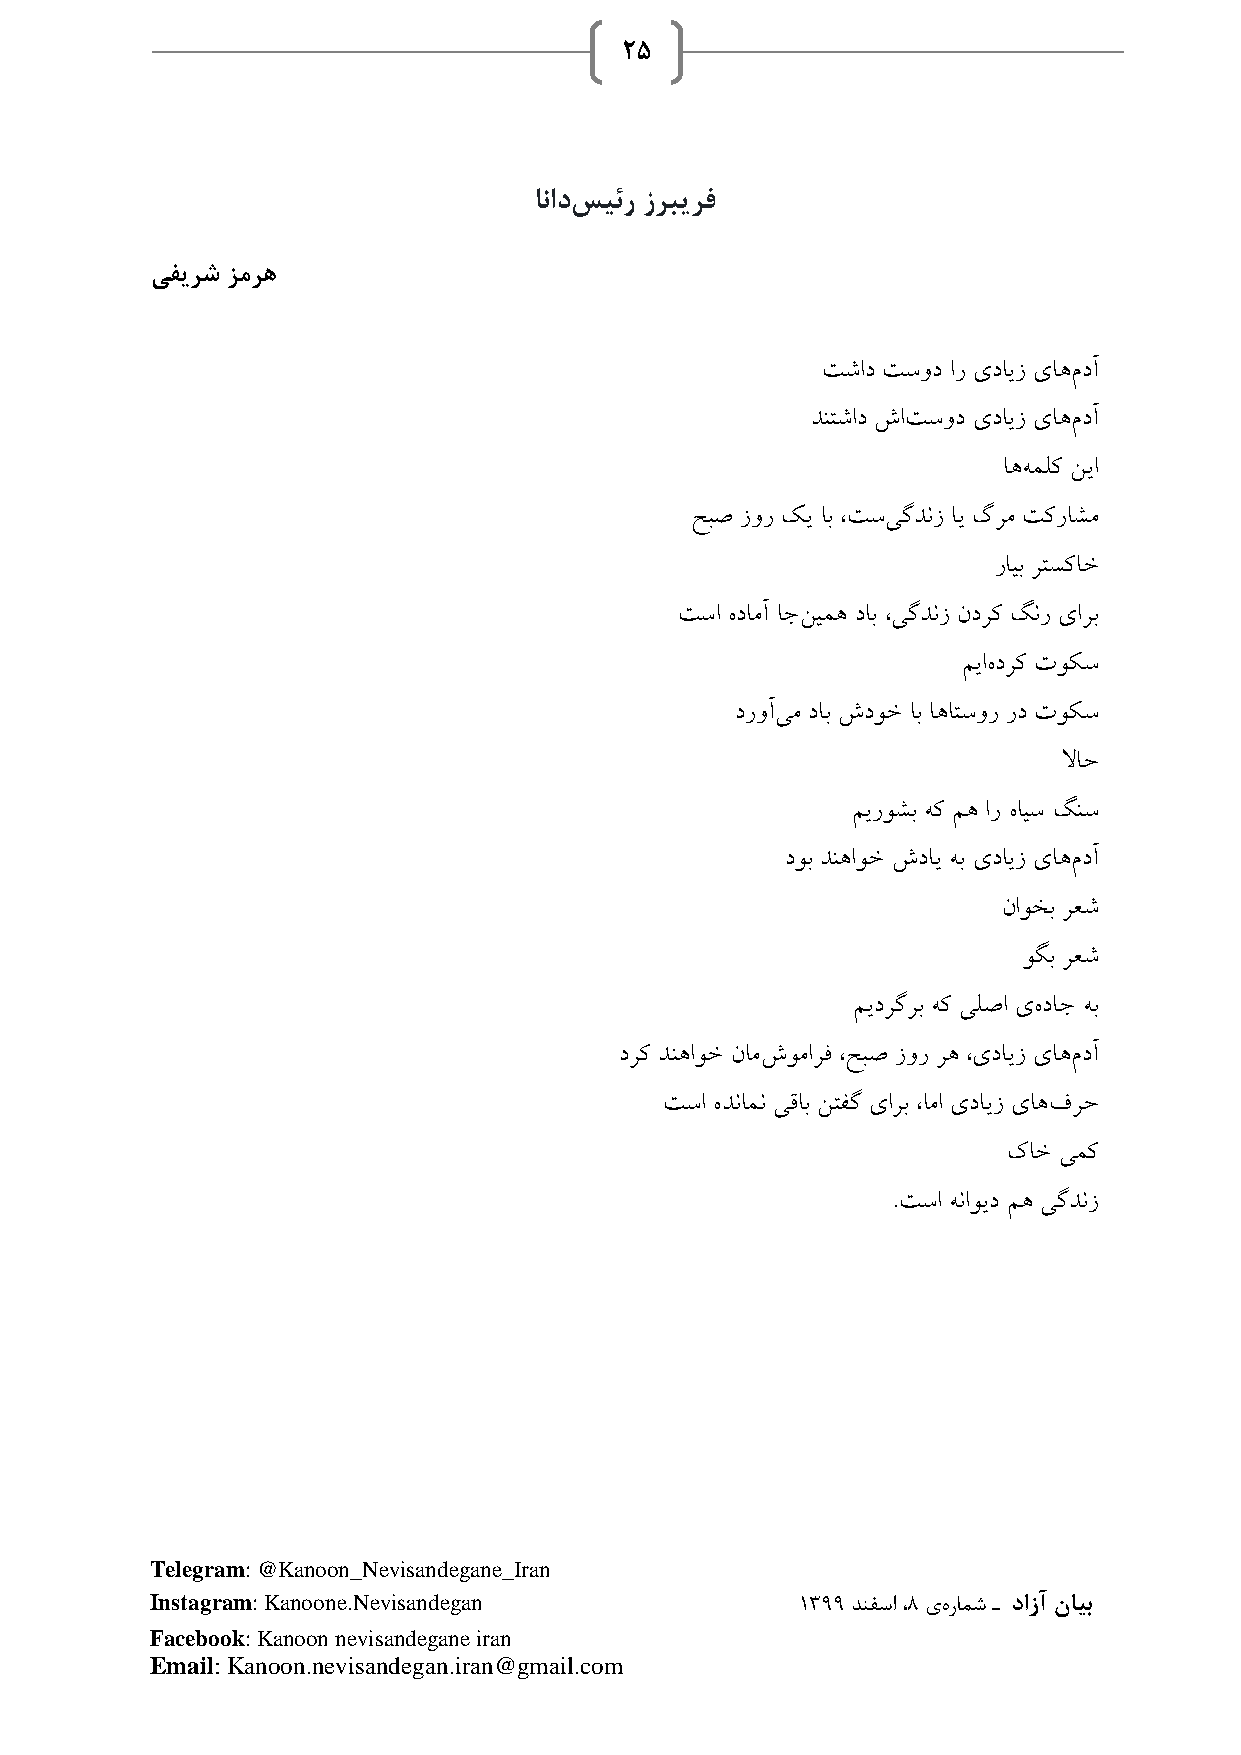
25
 انادسیئر زربیرف
 یفیرش زمره
 تشاد تسود ار یدایز یاهمدآ
 دنتشاد شاتسود یدایز یاهمدآ
 اههملک نیا
 حبص زور کی اب ،تسیگدنز ای گرم تکراشم
 رایب رتسکاخ
 تسا هدامآ اجنیمه داب ،یگدنز ندرک گنر یارب
 میاهدرک توکس
 دروآیم داب شدوخ اب اهاتسور رد توکس
 لااح
 میروشب هک مه ار هایس گنس
 دوب دنهاوخ شدای هب یدایز یاهمدآ
 ناوخب رعش
 وگب رعش
 میدرگرب هک یلصا یهداج هب
 درک دنهاوخ نامشومارف ،حبص زور ره ،یدایز یاهمدآ
 تسا هدنامن یقاب نتفگ یارب ،اما یدایز یاهفرح
 کاخ یمک
 .تسا هناوید مه یگدنز
 Telegram: @Kanoon_Nevisandegane_Iran
 Instagram: Kanoone.Nevisandegan            1399 دنفسا ،8 یهرامش ـ دازآ نایب
 Facebook: Kanoon nevisandegane iran
 Email: Kanoon.nevisandegan.iran@gmail.com